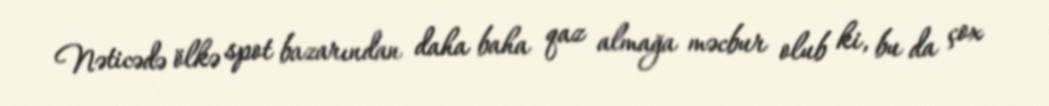
Nəticədə ölkə spot bazarından daha baha qaz almağa məcbur olub ki, bu da çox